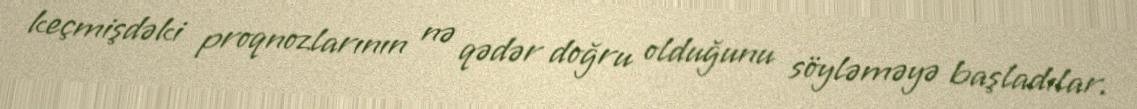
keçmişdəki proqnozlarının nə qədər doğru olduğunu söyləməyə başladılar.